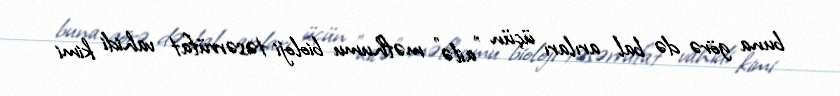
buna görə də bal arıları üçün "ailə" məfhumu bioloji təsərrüfat vahidi kimi